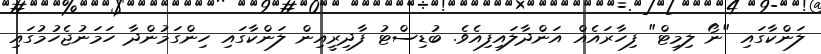
ލަންކާގައި "ނޯ ލިމިޓް" ފިހާރައެއް އަންދާލައިފިއެވެ. ބުޑިސްޓު ފާދިރީއިން ލަންކާގައި ހިންގަމުންދާ ހަމަނުޖެހުމުގައި